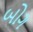
બોગ